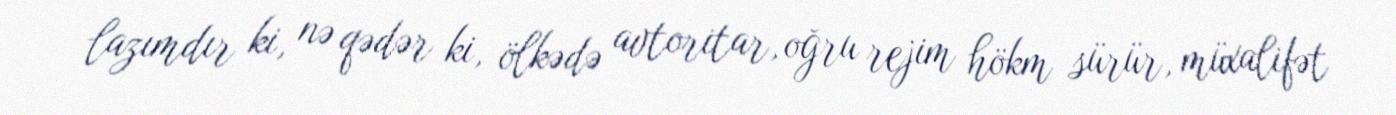
lazımdır ki, nə qədər ki, ölkədə avtoritar, oğru rejim hökm sürür, müxalifət